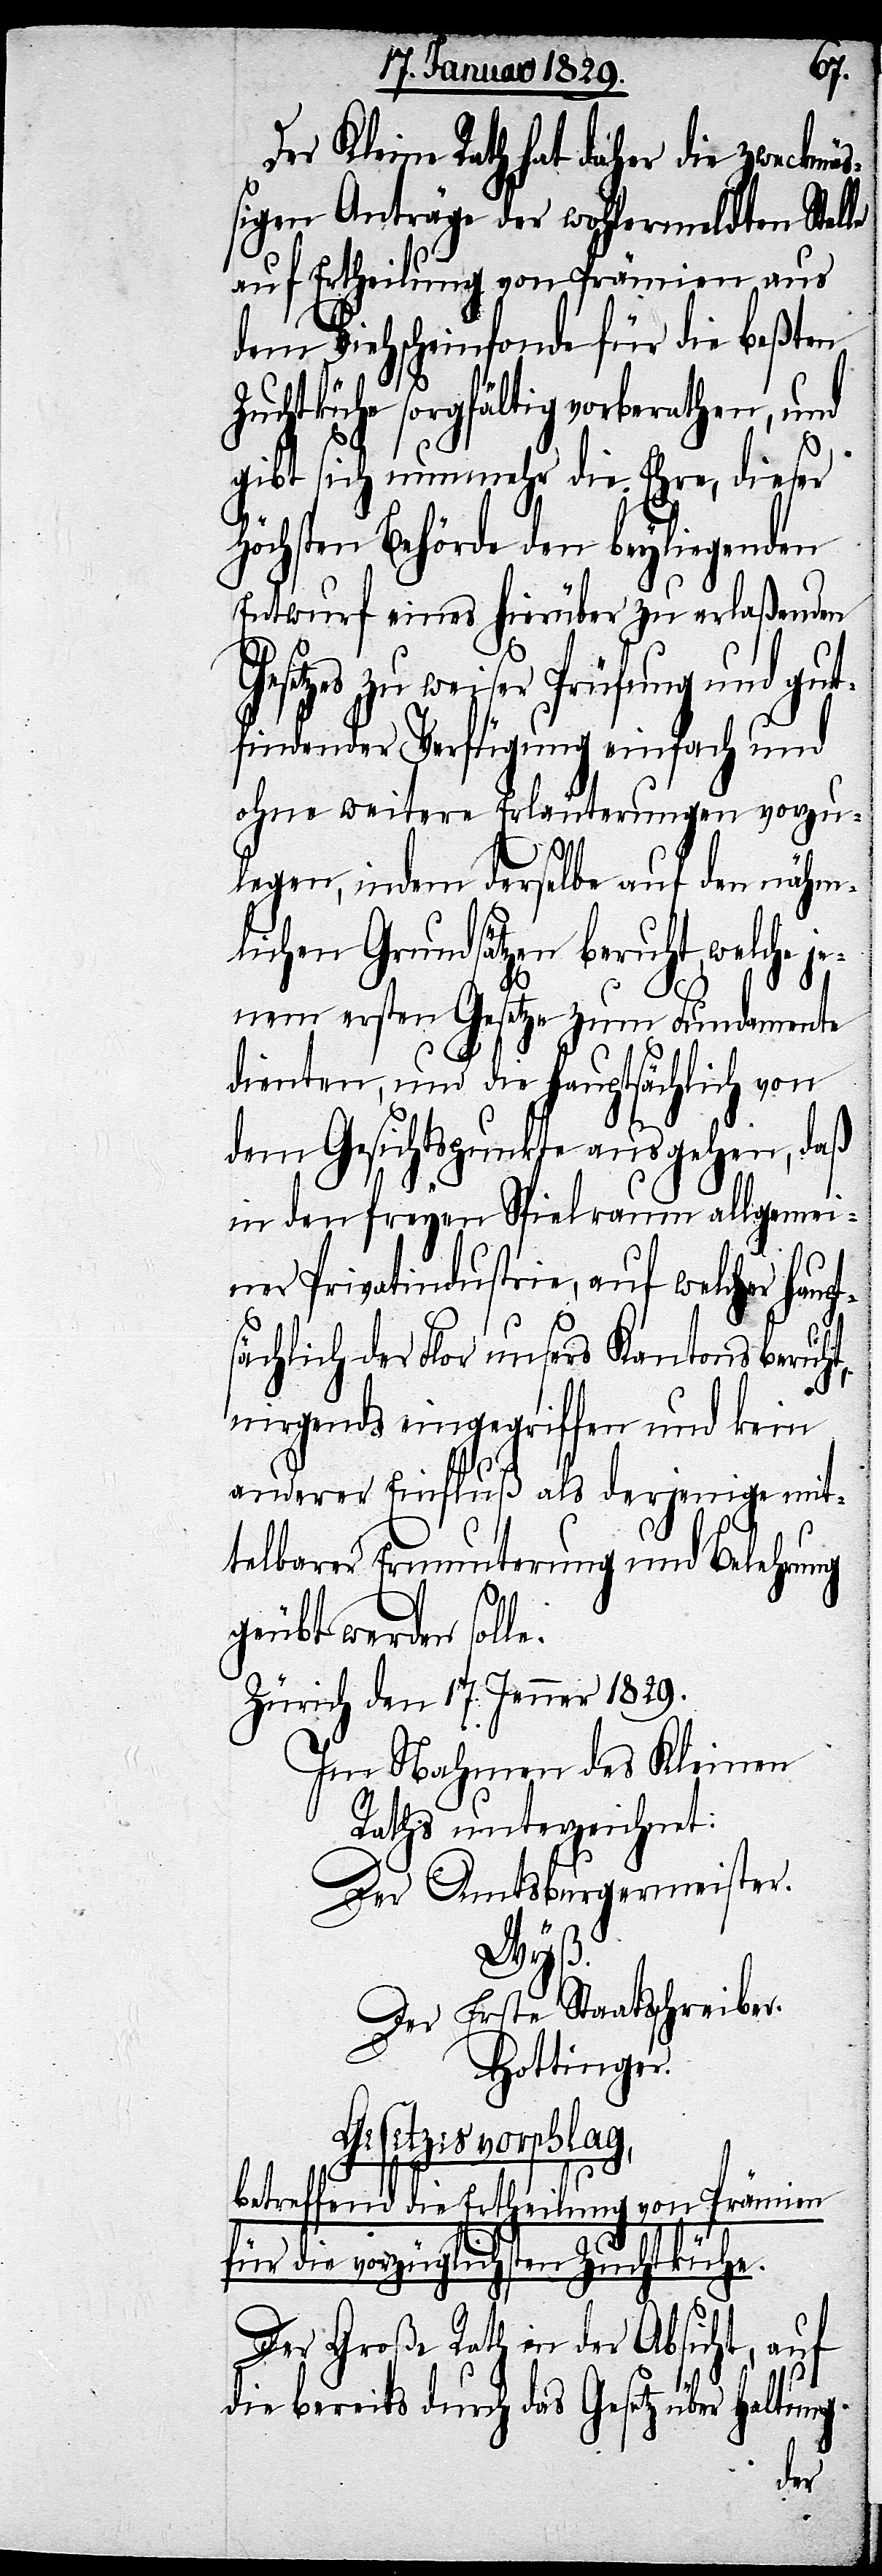
Der Kleine Rath hat daher die zweckmäß¬
igen Anträge der wohlermeldten Stel¬
auf Ertheilung von Prämien aus
dem Viehscheinfonds für die beßten
Zuchtkühe sorgfältig vorberathen, und
gibt sich nunmehr die Ehre, dieser
Höchsten Behörde den beyliegenden
Entwurf eines hierüber zu erlaßenden
zes zu weiser Prüfung und gut¬
findender Verfügung einfach und
ohne weitere Erläuterungen vorzu¬
t,
legen, indem derselbe auf den nähm¬
lichen Grundsätzen beruht, welche
jenem ersten Gesetze zum Fundamente
dienten, und die hauptsächlich von
dem Gesichtspunkte ausgehen, daß
in den freyen Spielraum allgeme¬
iner Privatindustrie, auf welcher ha¬
sächlich der Flor unsers Kantons beruh¬
nirgends eingegriffen und kein
anderer Einfluß als derjenige mit¬
telbarer Ermunterung und Belehnung
geübt werden sol¬
Zürich den 17. Januar 1829.
Im Nahmen des Kleinen
Raths unterzeichnet:
Der Amtsburgermeister.
Wyß.
Der Erste Staatsschreiber.
Hottinger.
Gesetzesvorschlag,
betreffend die Ertheilung von Prämien
für die vorzüglichsten Zuchtkühe.
Der Große Rath in der Absicht, auf
die bereits durch das Gesetz über Haltung
le.